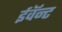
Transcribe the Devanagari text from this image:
ईवॅन्ट